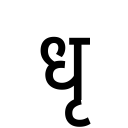
OCR:
धृ